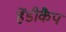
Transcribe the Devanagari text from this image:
हेंडीकैप